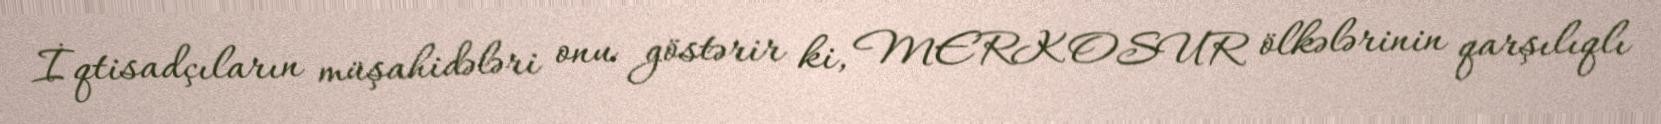
İqtisadçıların müşahidələri onu göstərir ki, MERKOSUR ölkələrinin qarşılıqlı